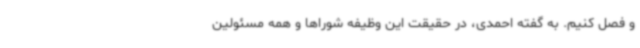
و فصل کنیم. به گفته احمدی، در حقیقت این وظیفه شوراها و همه مسئولین